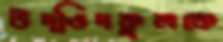
উদ্ভিদকুলকে